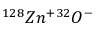
^ { 1 2 8 } Z n ^ { + 3 2 } O ^ { - }